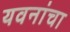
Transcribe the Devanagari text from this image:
यवनांचा